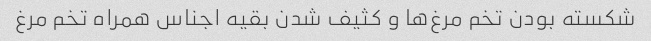
شکسته بودن تخم مرغ‌ها و کثیف شدن بقیه اجناس همراه تخم مرغ